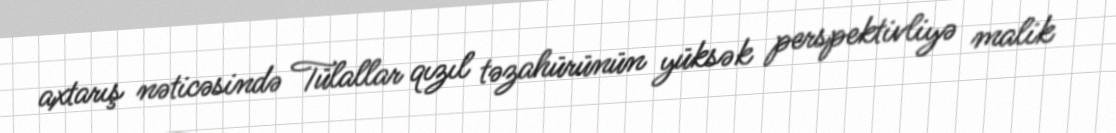
axtarış nəticəsində Tülallar qızıl təzahürünün yüksək perspektivliyə malik